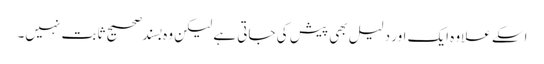
اسکے علاوہ ایک اور دلیل بھی پیش کی جاتی ہے لیکن وہ بسند صحیح ثابت نہیں۔